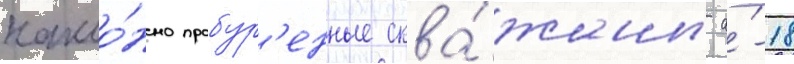
накло́нно пробур'енные сква́жины а́-18